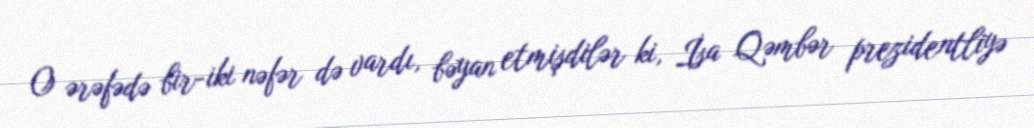
O ərəfədə bir-iki nəfər də vardı, bəyan etmişdilər ki, İsa Qəmbər prezidentliyə